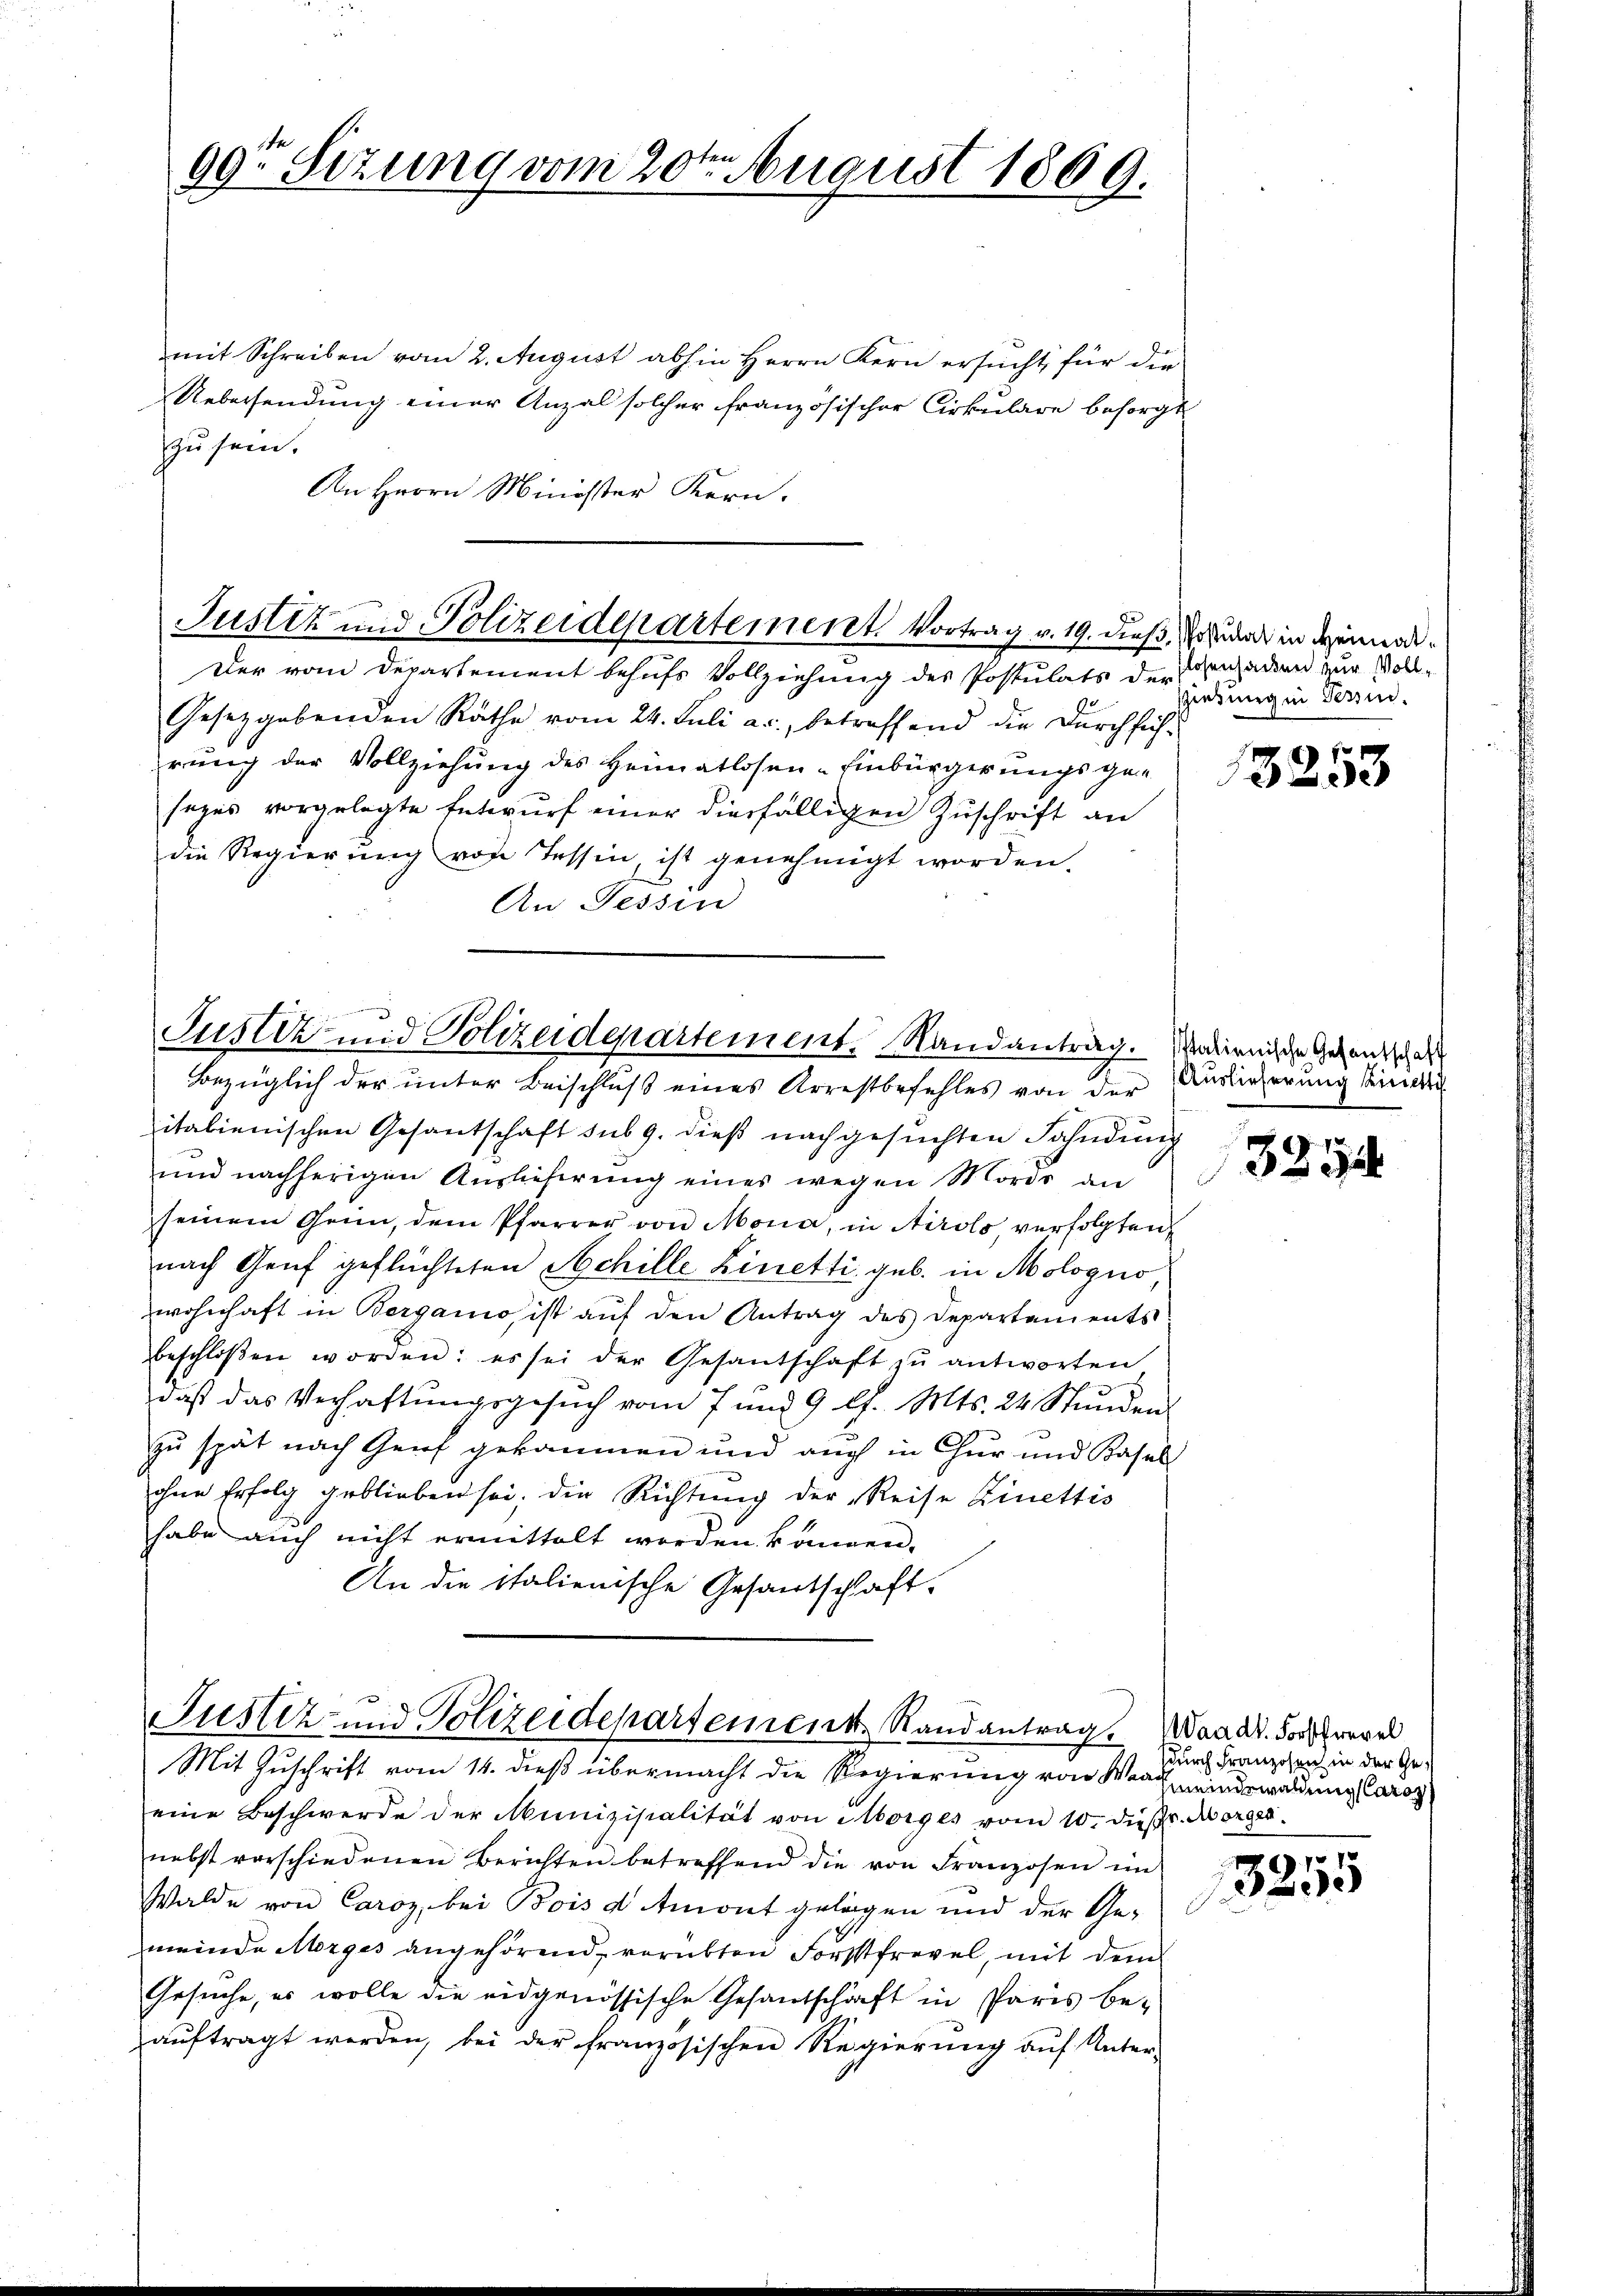
99te Sizung vom 20ten August 1869.

mit Schreiben vom 2. August abhin Herrn Kern ersucht, für die
Uebersendung einer Anzal solcher französischer Cirkulare besorgt
zu sein.
An Herrn Minister Kern.

Justiz und Polizeidepartement. Vortrag v. 19. dieß, Sohn in Heimrd¬

Der vom Departement behufs Vollziehung des Postulats der Penzadien zur Voll-
Gesetzgebenden Räthe vom 24. Juli a.c. betreffend die Dŭrchsich-
rung der Vollziehung des Heimatlosen-Einbürgerungsgan
sezes vorgelegte Entwurf einer diesfälligen Zuschrift an
die Regierung von Tessin, ist genehmigt worden.
An Tessin

Justiz und Polizeidepartement. Randantrag. Marienische Gesandschaft
Bezüglich der unter Beischluß eines Arrestbefehles von der Auslieferung sind

Justiz- und Polizeidepartement Randantrag. Waadt. Forderl
Mit Zuschrift vom 14. dieß übermacht die Regierung von Wert windswaldung Caro

eine Beschwerde der Munizipalität von Morges vom 10. dieβ. Morges.
nebst vorschiedenen Berichten betreffend die von Franzosen im
Walde von Caroz, bei Bois d Amont gelegen und der Ge-
meinde Morges angehörend, vorübten Forstfrevel, mit dem
Gesuche, es wolle die eidgenössische Gesantschäft in Paris be-
aŭftragt werden, bei der französischen Regierŭng aŭf Unter-

sierung in Tessin.

italienischen Gesandtschaft sub 9. dieß nachgesuchten Fahndung
und nachherigen Auslieferung eines wegen Mords an
seinem Genn, dem Pfarrer von Mona, in Airolo verfolgten
nach Genf geflüchteten Achille Linetti geb. in Mologno
wohnhaft in Bergamo ist aŭf den Antrag des Departements
beschloßen worden: es sei der Gesantschaft zŭ antworten
daβ das Verhaftŭngsgesŭch vom 7 und 9 l. Mts. 24 Stŭnden
zu spät nach Genf gekommen und auch in Chur und Kasal
ohne Erfolg geblieben sei, die Richtung der Reise Zinettis
habe auch nicht ermittelt worden kannen.
An die italienische Gesantschaft-

F

13253

e

3235

sdurch Franzosen in der Ge¬

.71
ee